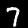
Digit: 7